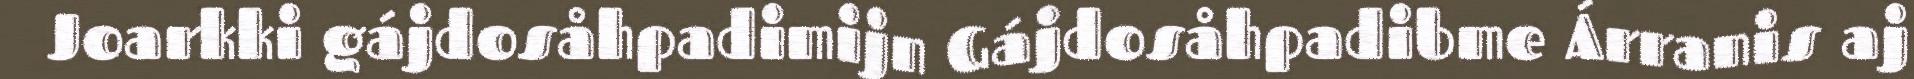
Joarkki gájdosåhpadimijn Gájdosåhpadibme Árranis aj